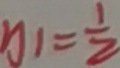
y _ { 1 } = \frac { 1 } { 2 }